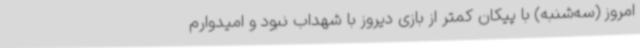
امروز (سه‌شنبه) با پیکان کمتر از بازی دیروز با شهداب نبود و امیدوارم